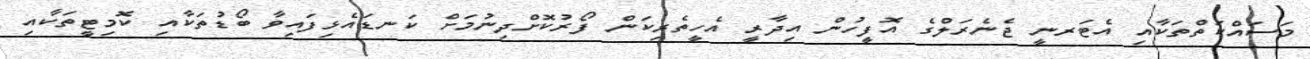
މަސައްކަތްތަކާއި އެޓަރނީ ޖެނެރަލްގެ އޮފީހުން އިދާރީ އެހީތެރިކަން ފޯރުކޮށްދިނުމަށް ކަނޑައެޅިފައިވާ ބޯޑުތަކާއި ކޮމިޓީތަކާއި